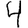
Digit: 4